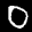
Label: 0